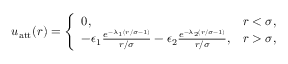
\begin{array} { r } { u _ { \mathrm { a t t } } ( r ) = \left\{ \begin{array} { l l } { 0 , \quad } & { r < \sigma , } \\ { - \epsilon _ { 1 } \frac { e ^ { - \lambda _ { 1 } ( r / \sigma - 1 ) } } { r / \sigma } - \epsilon _ { 2 } \frac { e ^ { - \lambda _ { 2 } ( r / \sigma - 1 ) } } { r / \sigma } , } & { r > \sigma , } \end{array} \right. } \end{array}